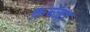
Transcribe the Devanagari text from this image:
क़ब्जा़